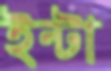
ইন্টা